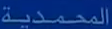
المحمدية